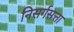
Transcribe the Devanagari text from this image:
निसर्गसत्ता